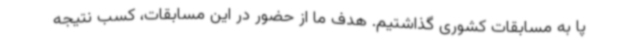
پا به مسابقات کشوری گذاشتیم. هدف ما از حضور در این مسابقات، کسب نتیجه